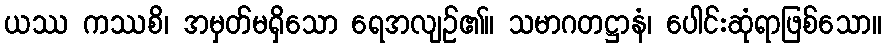
ယဿ ကဿစိ၊ အမှတ်မရှိသော ရေအလျဉ်၏။ သမာဂတဋ္ဌာနံ၊ ပေါင်းဆုံရာဖြစ်သော။